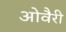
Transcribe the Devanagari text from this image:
ओवैरी